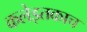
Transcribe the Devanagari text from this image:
कलेइतकाच